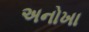
અનોખા